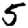
Digit: 5